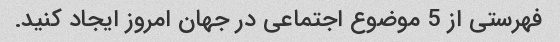
فهرستی از 5 موضوع اجتماعی در جهان امروز ایجاد کنید.